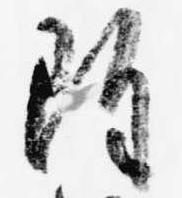
雖